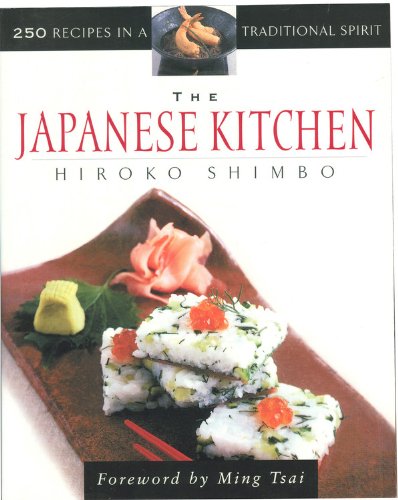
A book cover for The Japanese Kitchen: 250 Recipes in a Traditional Spirit (Non); Hiroko Shimbo; Cookbooks, Food & Wine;